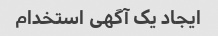
ایجاد یک آگهی استخدام